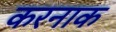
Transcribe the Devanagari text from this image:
करनाक